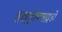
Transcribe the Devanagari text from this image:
हाइड्रोक्साइडों